system: You are a helpful assistant.
user:
Analyze the provided spectrum to determine if it is a **S-type Star**.

- **Key Indicators for S-type Star:**

    - **(Overall Spectrum Shape):** The first and most obvious characteristic is the overall continuum (the "baseline" shape). It is **extremely "red-sloping,"** meaning the flux (light intensity) is very low on the left side (blue, ~4000-4500 Å) and rises steeply and continuously toward the right side (red, ~7000 Å+).

    - **(Primary):** The spectrum is defined by the presence of strong, broad molecular absorption "valleys" (bands) from **Zirconium Oxide (ZrO)**. The identification of these bands is the **primary requirement** for classifying a star as S-type.
        - **(Key Bandheads):** You must find distinct, deep "dips" where the light has been absorbed. The most critical band systems to locate are:
            - **~6474 Å** ($\gamma$-system): This is often the strongest and clearest ZrO feature, found in the red part of the spectrum.
            - **~5718 Å** & **~5551 Å** ($\beta$-system): A pair of prominent absorption features in the yellow-orange part of the spectrum.
            - **~4640 Å** ($\alpha$-system): A key absorption band system in the blue-green region of the spectrum.

    - **(Secondary Confirmation):** The classification is strengthened by finding additional absorption bands from other related heavy element oxides, which are expected to be present alongside ZrO.
        - **(Key Bandheads):**
            - **Yttrium Oxide (YO):** Look for absorption dips near **~4800 Å** and **~6100 Å**.
            - **Lanthanum Oxide (LaO):** Additional absorption features, particularly in the red-orange part of the spectrum, are also characteristic.

    - **(Line Profile):** The combination of the steep red continuum and these numerous, deep molecular bands (ZrO, YO, etc.) gives the entire spectrum a very **"chopped-up"** or **"bumpy"** appearance. Instead of a smooth curve, the spectrum looks as though large, wide chunks of light have been "carved out" of it at the specific wavelengths listed above.

Think first, call **spectral_visualization_tool** if needed to examine features in detail, then provide your final answer. Your response must adhere to the following strict rules:
1.  **Overall Structure:** Your response must follow the format `<think>...</think> <tool_call>...</tool_call> (if a tool is used) <answer>...</answer>`.
2.  **Tool Usage Constraint:** You may only make **one** tool call per turn.
3.  **Final Answer Format:** In the `<answer>` tag, your conclusion must be inside a `\boxed{}` command (e.g., `\boxed{YES}` or `\boxed{NO}`), followed by your justification.

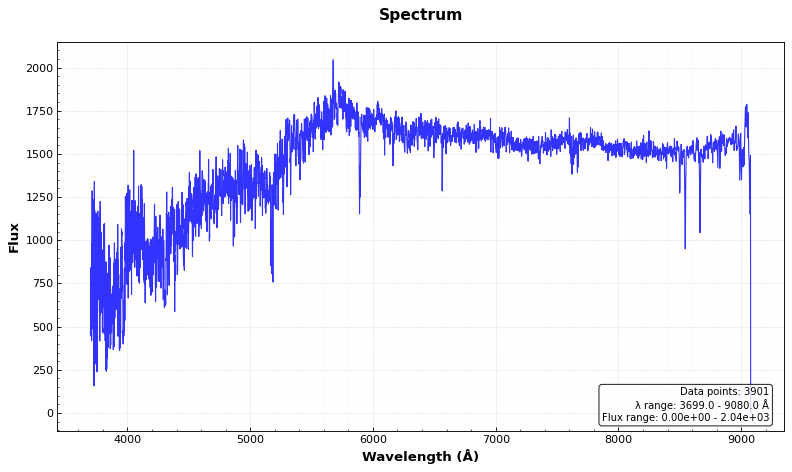
Answer: NO